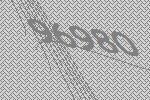
96980